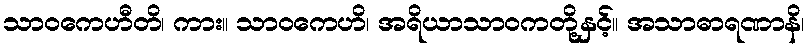
သာဝကေဟီတိ၊ ကား။ သာဝကေဟိ၊ အရိယာသာဝကတို့နှင့်။ အသာဓာရဏာနိ၊